Calcutta medical institutions reports 1879-81 [i.e.91]
Year: 1879
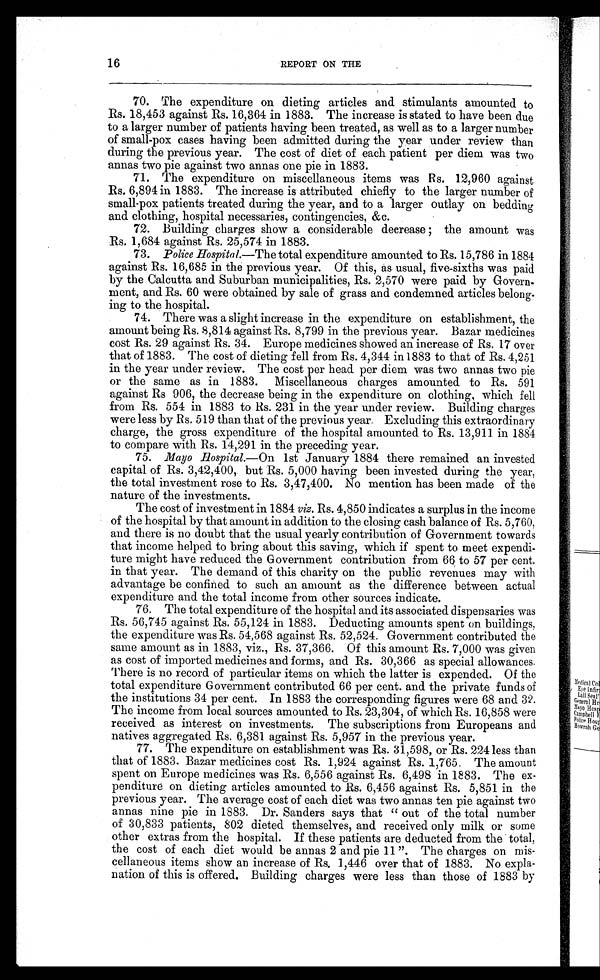
16
REPORT ON THE
70. The expenditure on dieting articles and stimulants amounted to
Rs. 18,453 against Rs. 16,364 in 1883. The increase is stated to have been due
to a larger number of patients having been treated, as well as to a larger number
of small-pox cases having been admitted during the year under review than
during the previous year. The cost of diet of each patient per diem was two
annas two pie against two annas one pie in 1883.
71.
The expenditure on miscellaneous items was Rs. 12,960 against
Rs. 6,894 in 1883. The increase is attributed chiefly to the larger number of
small-pox patients treated during the year, and to a larger outlay on bedding
and clothing, hospital necessaries, contingencies, &c.
72.
Building charges show a considerable decrease ; the amount was
Rs. 1,684 against Rs. 25,574 in 1883.
73. Police Hospital.—The total expenditure amounted to Rs. 15,786 in 1884
against Rs. 16,685 in the previous year. Of this, as usual, five-sixths was paid
by the Calcutta and Suburban municipalities, Rs. 2,570 were paid by Govern--
ment, and Rs. 60 were obtained by sale of grass and condemned articles belong
- i n g t o t h e h o s p i t a l .
74.
There was a slight increase in the expenditure on establishment, the
amount being Rs. 8,814 against Rs. 8,799 in the previous year. Bazar medicines
cost Rs. 29 against Rs. 34. Europe medicines showed an increase of Rs. 17 over
that of 1883. The cost of dieting fell from Rs. 4,344 in 1883 to that of Rs. 4,251
in the year under review. The cost per head per diem was two annas two pie
or the same as in 1883. Miscellaneous charges amounted to Rs. 591
against Rs 906, the decrease being in the expenditure on clothing, which fell
from Rs. 554 in 1883 to Rs. 231 in the year under review. Building charges
were less by Rs. 519 than that of the previous year. Excluding this extraordinary
charge, the gross expenditure of the hospital amounted to Rs. 13,911 in 1884
to compare with Rs. 14,291 in the preceding year.
75. Mayo Hospital.—On 1st January 1884 there remained an invested
capital of Rs. 3,42,400, but Rs. 5,000 having been invested during the year,
the total investment rose to Rs. 3,47,400. No mention has been made of the
nature of the investments.
The cost of investment in 1884 viz. Rs. 4,850 indicates a surplus in the income
of the hospital by that amount in addition to the closing cash balance of Rs. 5,760,
and there is no doubt that the usual yearly contribution of Government towards
that income helped to bring about this saving, which if spent to meet expendi--
ture might have reduced the Government contribution from 66 to 57 per cent.
in that year. The demand of this charity on the public revenues may with
advantage be confined to such an amount as the difference between actual
expenditure and the total income from other sources indicate.
76. The total expenditure of the hospital and its associated dispensaries was
Rs. 56,745 against Rs. 55,124 in 1883. Deducting amounts spent on buildings,
the expenditure was Rs. 54,568 against Rs. 52,524. Government contributed the
same amount as in 1883, viz., Rs. 37,366. Of this amount Rs. 7,000 was given
as cost of imported medicines and forms, and Rs. 30,366 as special allowances.
There is no record of particular items on which the latter is expended. Of the
total expenditure Government contributed 66 per cent. and the private funds of
the institutions 34 per cent. In 1883 the corresponding figures were 68 and 32.
The income from local sources amounted to Rs. 23,304, of which Rs. 16,858 were
received as interest on investments. The subscriptions from Europeans and
natives aggregated Rs. 6,381 against Rs. 5,957 in the previous year.
77.
The expenditure on establishment was Rs. 31,598, or Rs. 224 less than
that of 1883. Bazar medicines cost Rs. 1,924 against Rs. 1,765. The amount
spent on Europe medicines was Rs. 6,556 against Rs. 6,498 in 1883. The ex--
penditure on dieting articles amounted to Rs. 6,456 against Rs. 5,851 in the
previous year. The average cost of each diet was two annas ten pie against two
annas nine pie in 1883. Dr. Sanders says that "out of the total number
of 30,833 patients, 802 dieted themselves, and received only milk or some
other extras from the hospital. If these patients are deducted from the total,
the cost of each diet would be annas 2 and pie 11”. The charges on mis-
cellaneous items show an increase of Rs. 1,446 over that of 1883. No expla-
nation of this is offered. Building charges were less than those of 1883 by